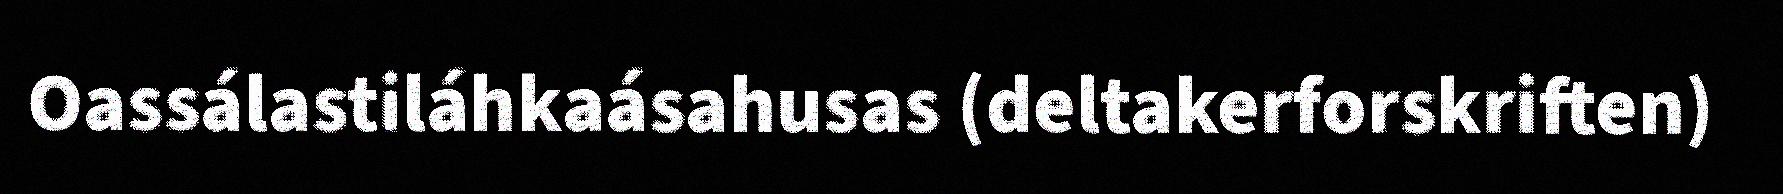
Oassálastiláhkaásahusas (deltakerforskriften)